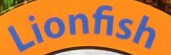
Lionfish